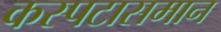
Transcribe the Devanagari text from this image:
कस्पटासमान